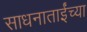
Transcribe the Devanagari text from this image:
साधनाताईंच्या